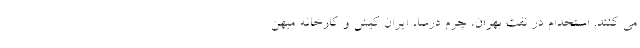
می کنند. استخدام در نفت بهران، چرم درسا، ایران کیش و کارخانه میهن